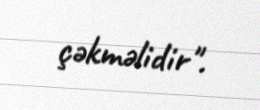
çəkməlidir".